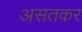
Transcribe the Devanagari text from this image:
असतकर